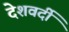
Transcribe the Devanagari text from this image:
देशवर्दी